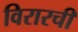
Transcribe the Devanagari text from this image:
विरारची